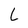
Character: L